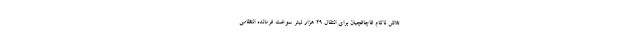
تلاش ناکام قاچاقچیان برای انتقال ۲۹ هزار لیتر سوخت فرمانده انتظامی